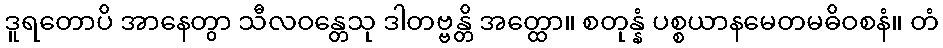
ဒူရတောပိ အာနေတွာ သီလဝန္တေသု ဒါတဗ္ဗန္တိ အတ္ထော။ စတုန္နံ ပစ္စယာနမေတမဓိဝစနံ။ တံ